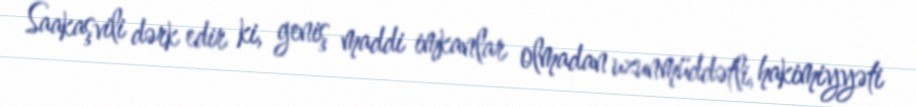
Saakaşvili dərk edir ki, geniş maddi imkanlar olmadan uzunmüddətli, hakimiyyəti